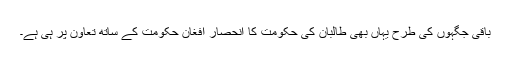
باقی جگہوں کی طرح یہاں بھی طالبان کی حکومت کا انحصار افغان حکومت کے ساتھ تعاون پر ہی ہے۔